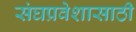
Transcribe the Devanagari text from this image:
संघप्रवेशासाठी